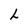
Character: L